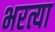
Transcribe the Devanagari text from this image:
भरत्या